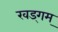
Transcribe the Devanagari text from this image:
खड्गम्